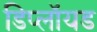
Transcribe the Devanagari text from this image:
डिप्लॉयड